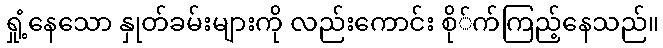
ရှုံ့နေသော နှုတ်ခမ်းများကို လည်းကောင်း စို်က်ကြည့်နေသည်။